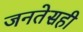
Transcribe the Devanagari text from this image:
जनतेसही